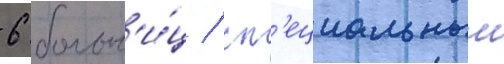
6 больн'и́ц / сп'ециальныи